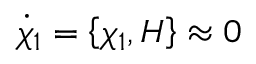
\dot { \chi } _ { 1 } = \left\{ \chi _ { 1 } , H \right\} \approx 0